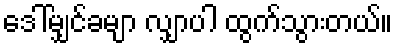
ဒေါ်မျှင်ခမျာ လျှာပါ ထွက်သွားတယ်။